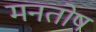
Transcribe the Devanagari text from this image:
मनतोष